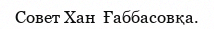
Совет Хан  Ғаббасовқа.